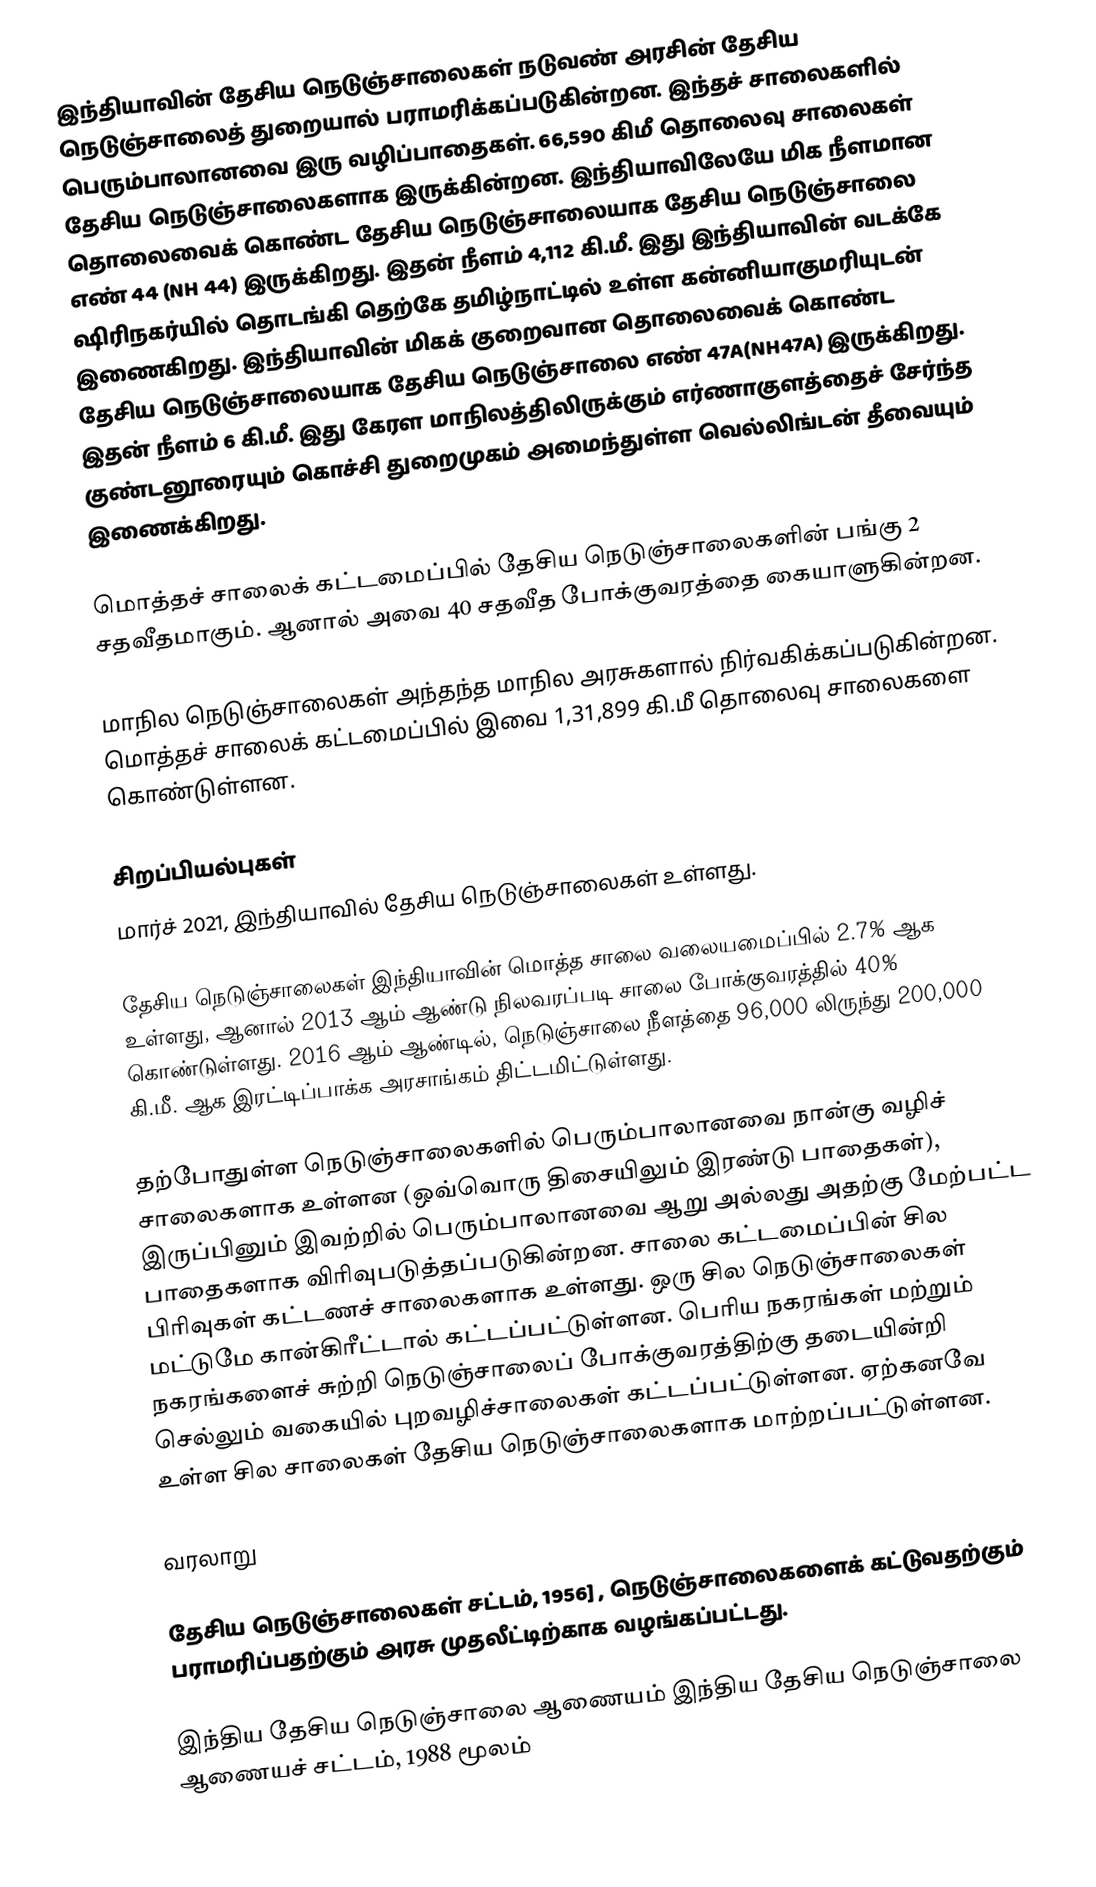
இந்தியாவின் தேசிய நெடுஞ்சாலைகள் நடுவண் அரசின் தேசிய நெடுஞ்சாலைத் துறையால் பராமரிக்கப்படுகின்றன. இந்தச் சாலைகளில் பெரும்பாலானவை இரு வழிப்பாதைகள். 66,590 கிமீ தொலைவு சாலைகள் தேசிய நெடுஞ்சாலைகளாக இருக்கின்றன. இந்தியாவிலேயே மிக நீளமான தொலைவைக் கொண்ட தேசிய நெடுஞ்சாலையாக தேசிய நெடுஞ்சாலை எண் 44 (NH 44) இருக்கிறது. இதன் நீளம் 4,112 கி.மீ. இது இந்தியாவின் வடக்கே ஷிரிநகர்யில் தொடங்கி தெற்கே தமிழ்நாட்டில் உள்ள கன்னியாகுமரியுடன் இணைகிறது. இந்தியாவின் மிகக் குறைவான தொலைவைக் கொண்ட தேசிய நெடுஞ்சாலையாக தேசிய நெடுஞ்சாலை எண் 47A(NH47A) இருக்கிறது. இதன் நீளம் 6 கி.மீ. இது கேரள மாநிலத்திலிருக்கும் எர்ணாகுளத்தைச் சேர்ந்த குண்டனூரையும் கொச்சி துறைமுகம் அமைந்துள்ள வெல்லிங்டன் தீவையும் இணைக்கிறது.

மொத்தச் சாலைக் கட்டமைப்பில் தேசிய நெடுஞ்சாலைகளின் பங்கு 2 சதவீதமாகும். ஆனால் அவை 40 சதவீத போக்குவரத்தை கையாளுகின்றன.

மாநில நெடுஞ்சாலைகள் அந்தந்த மாநில அரசுகளால் நிர்வகிக்கப்படுகின்றன. மொத்தச் சாலைக் கட்டமைப்பில் இவை 1,31,899 கி.மீ தொலைவு சாலைகளை கொண்டுள்ளன.

சிறப்பியல்புகள்
மார்ச் 2021, இந்தியாவில்   தேசிய நெடுஞ்சாலைகள் உள்ளது.

தேசிய நெடுஞ்சாலைகள் இந்தியாவின் மொத்த சாலை வலையமைப்பில் 2.7% ஆக உள்ளது, ஆனால் 2013 ஆம் ஆண்டு நிலவரப்படி சாலை போக்குவரத்தில் 40% கொண்டுள்ளது. 2016 ஆம் ஆண்டில், நெடுஞ்சாலை நீளத்தை 96,000 லிருந்து 200,000 கி.மீ. ஆக இரட்டிப்பாக்க அரசாங்கம் திட்டமிட்டுள்ளது.

தற்போதுள்ள நெடுஞ்சாலைகளில் பெரும்பாலானவை நான்கு வழிச் சாலைகளாக உள்ளன (ஒவ்வொரு திசையிலும் இரண்டு பாதைகள்), இருப்பினும் இவற்றில் பெரும்பாலானவை ஆறு அல்லது அதற்கு மேற்பட்ட பாதைகளாக விரிவுபடுத்தப்படுகின்றன. சாலை கட்டமைப்பின் சில பிரிவுகள் கட்டணச் சாலைகளாக   உள்ளது. ஒரு சில நெடுஞ்சாலைகள் மட்டுமே கான்கிரீட்டால் கட்டப்பட்டுள்ளன. பெரிய நகரங்கள் மற்றும் நகரங்களைச் சுற்றி நெடுஞ்சாலைப் போக்குவரத்திற்கு தடையின்றி செல்லும் வகையில் புறவழிச்சாலைகள் கட்டப்பட்டுள்ளன. ஏற்கனவே உள்ள சில சாலைகள் தேசிய நெடுஞ்சாலைகளாக மாற்றப்பட்டுள்ளன.

வரலாறு

தேசிய நெடுஞ்சாலைகள் சட்டம், 1956] , நெடுஞ்சாலைகளைக் கட்டுவதற்கும் பராமரிப்பதற்கும்  அரசு முதலீட்டிற்காக வழங்கப்பட்டது.

இந்திய தேசிய நெடுஞ்சாலை ஆணையம் இந்திய தேசிய நெடுஞ்சாலை ஆணையச் சட்டம், 1988 மூலம்